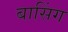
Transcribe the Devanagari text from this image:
बासिंग